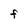
Character: F